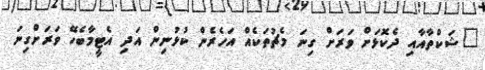
"ޝަކްތާއާއި ދެކޮޅަށް ވަރަށް ގިނަ މެޗުތަކެއް އަހެރެން ކުޅުނިން އަދި އެޓީމާބެހޭ ވަރަށްގިނަ